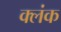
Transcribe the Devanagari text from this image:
क्लंक